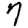
Digit: 7